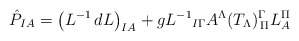
\begin{align*}\hat P_{I A}= {\left (L^{-1}\,dL \right)}_{I A} + g{L^{-1}}_{I\Gamma} A^{\Lambda} (T_{\Lambda})^{\Gamma}_{\, \Pi}L^{\Pi}_{ A}\end{align*}